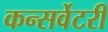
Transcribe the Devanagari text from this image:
कन्सर्वेटरी